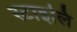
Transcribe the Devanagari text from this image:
स्टाइलि